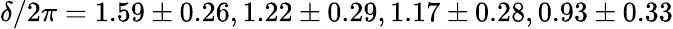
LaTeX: \delta/2\pi=1.59\pm 0.26,1.22\pm 0.29,1.17\pm 0.28,0.93\pm 0.33